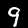
Digit: 9